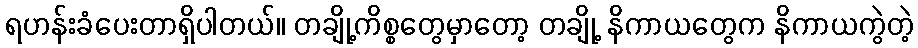
ရဟန်းခံပေးတာရှိပါတယ်။ တချို့ကိစ္စတွေမှာတော့ တချို့ နိကာယတွေက နိကာယကွဲတဲ့